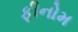
ફીનોમ